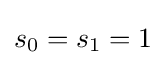
s_{0}=s_{1}=1